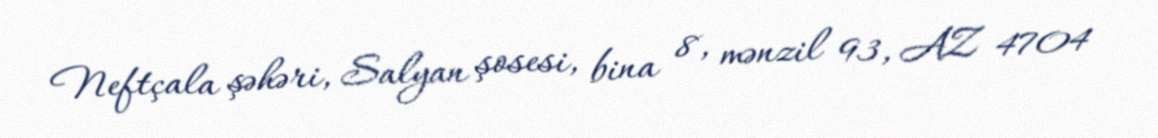
Neftçala şəhəri, Salyan şosesi, bina 8, mənzil 93, AZ 4704